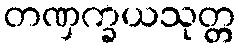
တဏှက္ခယသုတ္တ